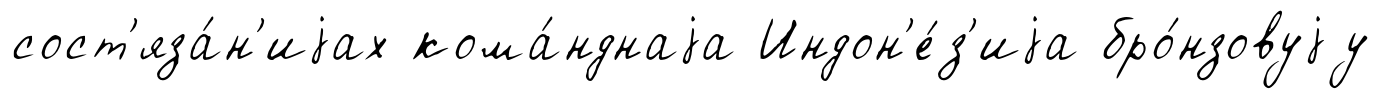
сост'яза́н'иjах кома́нднаjа Индон'е́з'иjа бро́нзовуjу